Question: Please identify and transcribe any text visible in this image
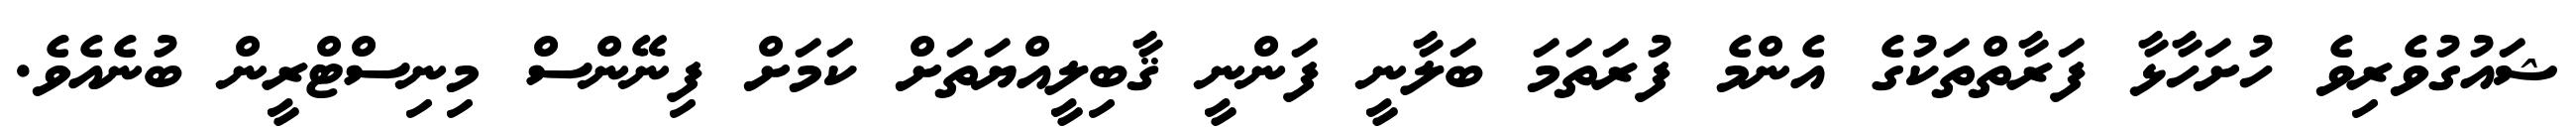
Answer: ޝައުގުވެރިވެ ހުށަހާޅާ ފަރާތްތަކުގެ އެންމެ ފުރަތަމަ ބަލާނީ ފަންނީ ޤާބިލީއްޔަތަށް ކަމަށް ފިނޭންސް މިނިސްޓްރީން ބުނެއެވެ.